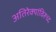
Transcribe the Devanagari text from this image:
अतिरेक्यांविरूध्द